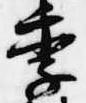
季